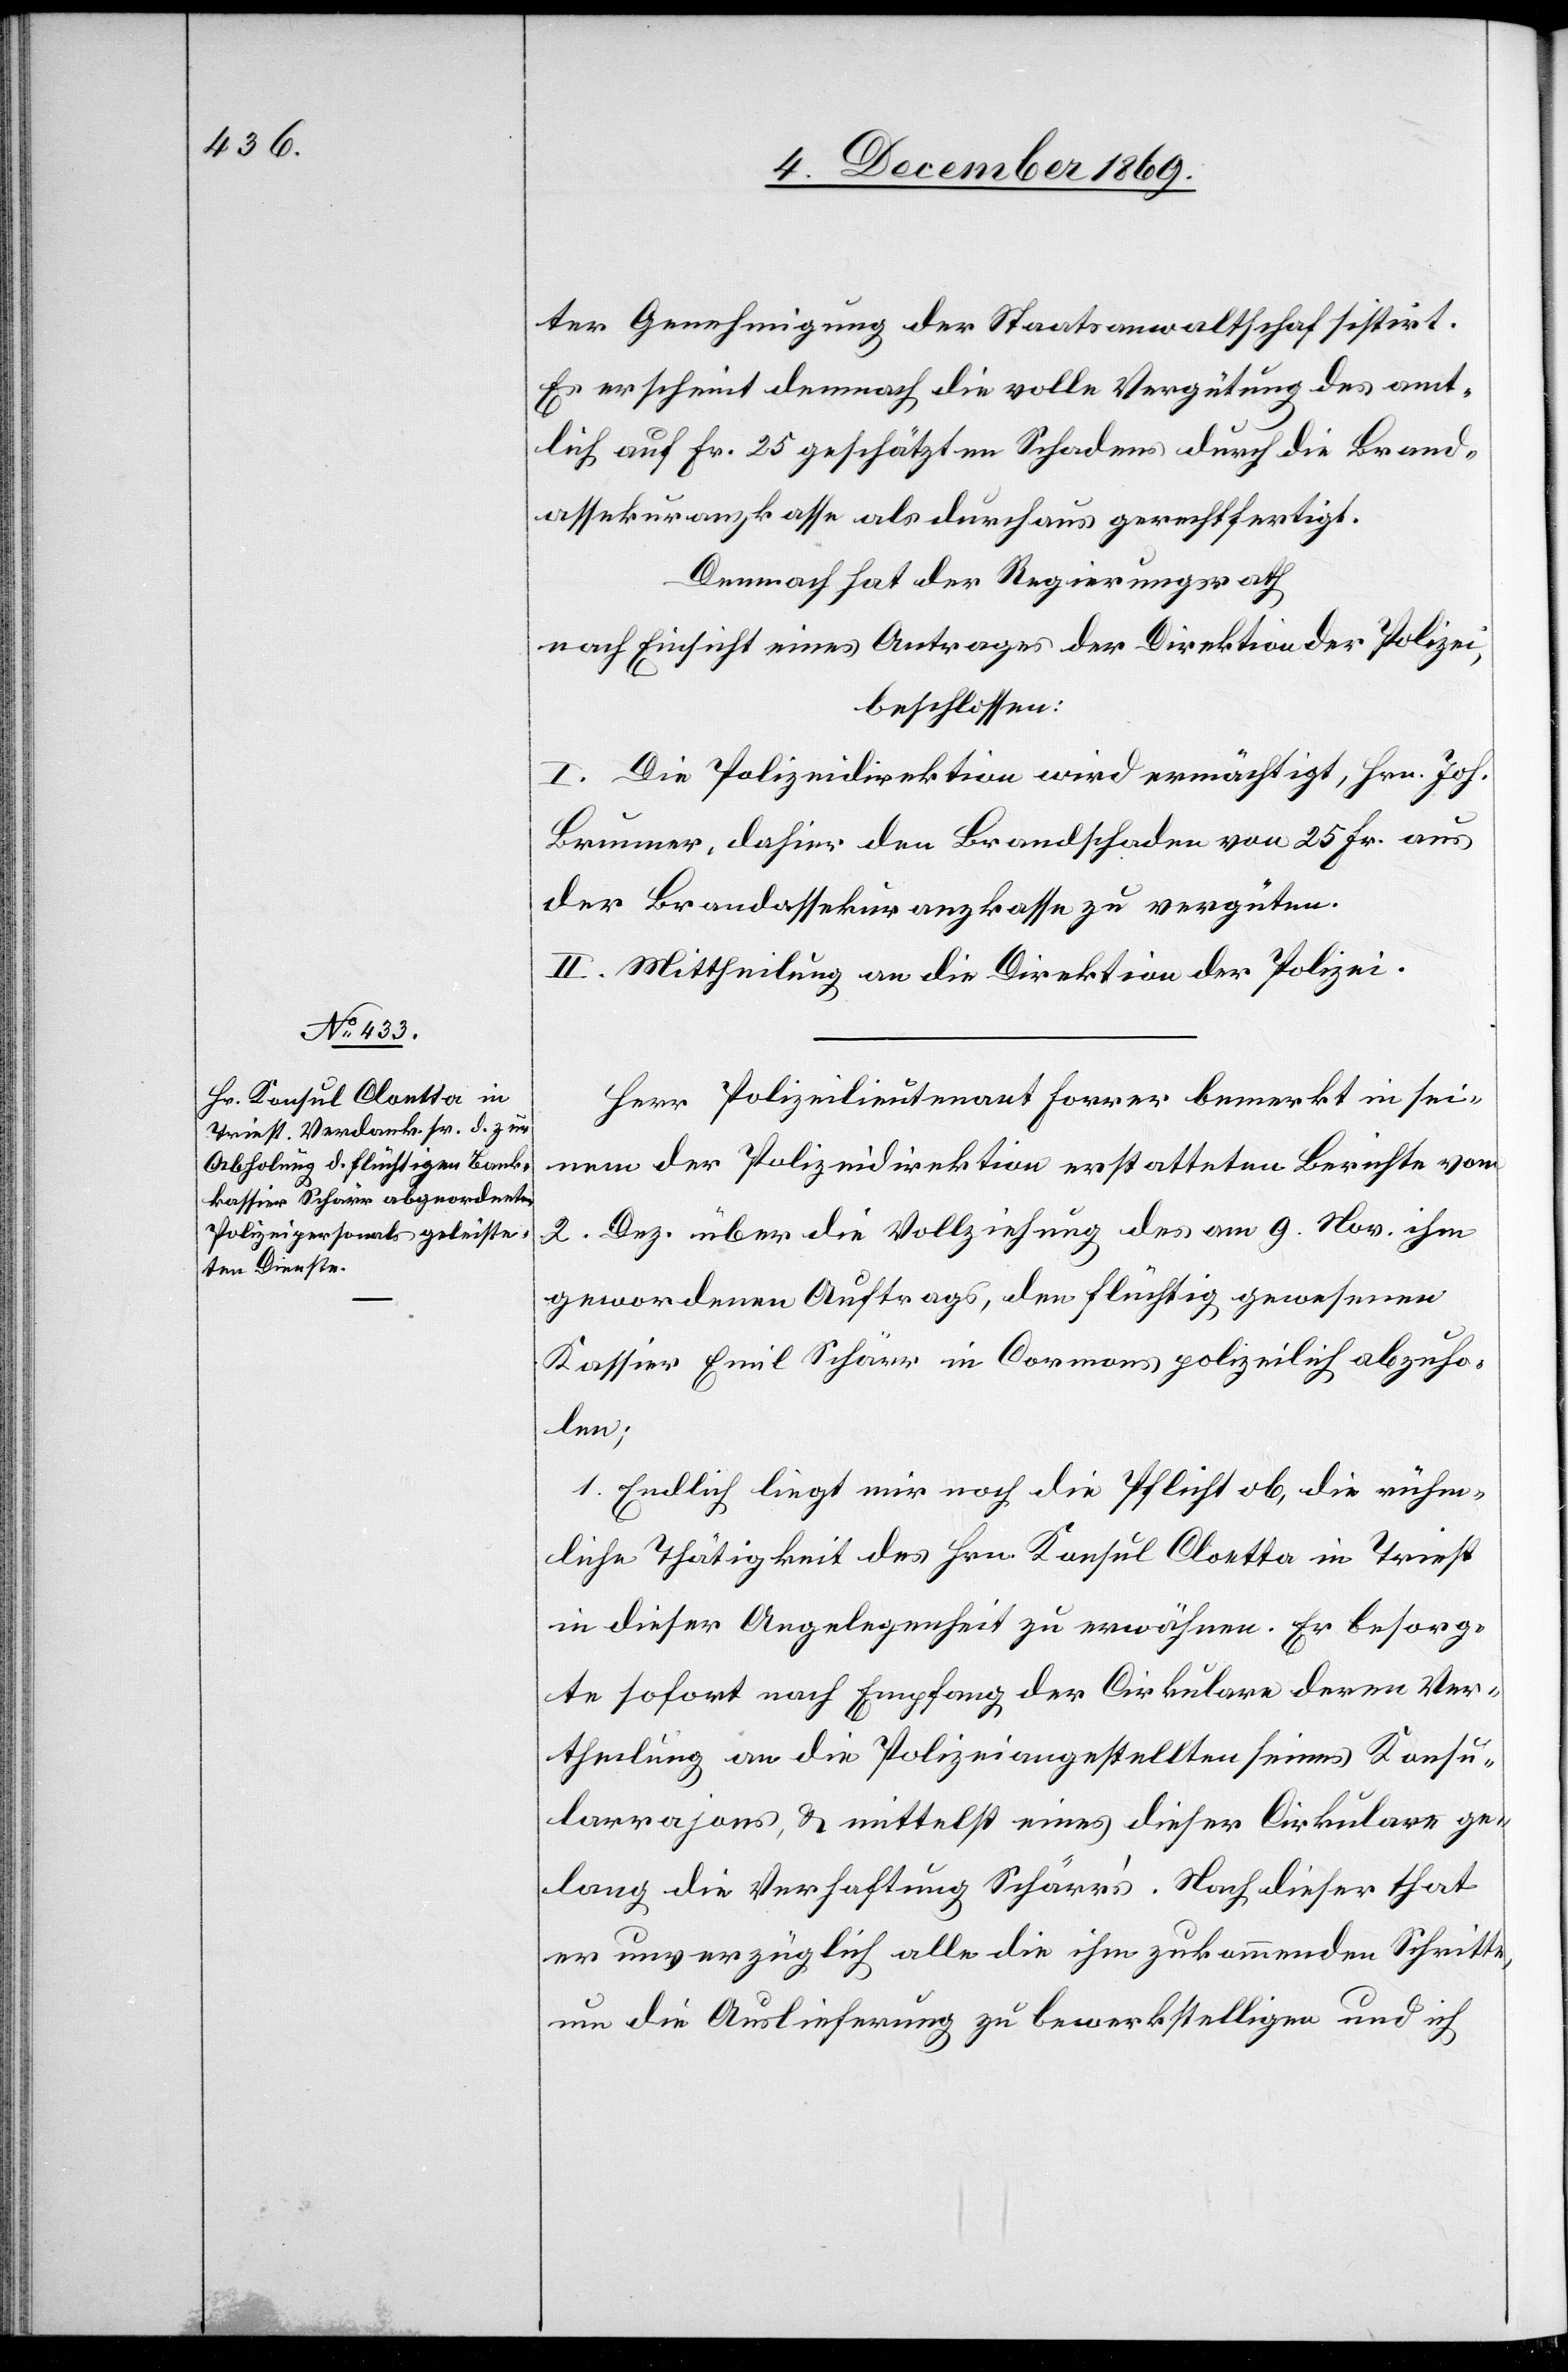
ter Genehmigung der Staatsanwaltschaft sistirt.
Es erscheint demnach die volle Vergütung des amt¬
lich auf Fr. 25 geschätzten Schadens durch die Brand¬
assekuranzkasse als durchaus gerechtfertigt.
Demnach hat der Regierungsrath
nach Einsicht eines Antrages der Direktion der Polizei,
beschlossen:
I. Die Polizeidirektion wird ermächtigt, Hrn. Joh.
Brunner, dahier den Brandschaden von 25 Fr. aus
der Brandassekuranzkasse zu vergüten.
II. Mittheilung an die Direktion der Polizei.
Herr Polizeilieutenant Forrer bemerkt in sei¬
nem der Polizeidirektion erstatteten Berichte vom
2. Dez. über die Vollziehung des am 9. Nov. ihm
gewordenen Auftrags, den flüchtig gewesenen
Kassier Emil Schärr in Cormons polizeilich abzuho¬
len;
„] Endlich liegt mir noch die Pflicht ob, die rühm¬
liche Thätigkeit des Hrn. Konsul Cloetta in Triest
in dieser Angelegenheit zu erwähnen. Er besorg¬
te sofort nach Empfang der Cirkulare deren Ver¬
theilung an die Polizeiangestellten seines Konsu¬
larrajons, & mittelst eines dieser Cirkulare ge¬
lang die Verhaftung Schärr’s. Nach dieser that
er unverzüglich alle die ihm zukommenden Schritte,
um die Auslieferung zu bewerkstelligen und ich